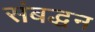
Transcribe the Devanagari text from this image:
संबद्धन